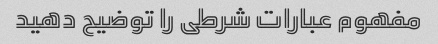
مفهوم عبارات شرطی را توضیح دهید